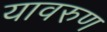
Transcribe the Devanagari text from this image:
यावरुण